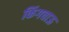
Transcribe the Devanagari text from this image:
किंगचाऊ